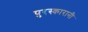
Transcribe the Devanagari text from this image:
पुरस्कारानी